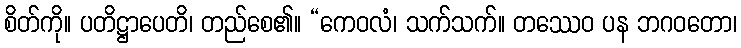
စိတ်ကို။ ပတိဋ္ဌာပေတိ၊ တည်စေ၏။ “ကေဝလံ၊ သက်သက်။ တဿေဝ ပန ဘဂဝတော၊